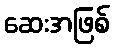
ဆေးအဖြစ်